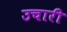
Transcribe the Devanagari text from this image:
उचारी